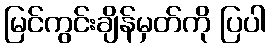
မြင်ကွင်းချိန်မှတ်ကို ပြပါ